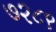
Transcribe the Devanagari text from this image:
७२८९